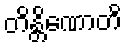
တိန္တိဏောတိ